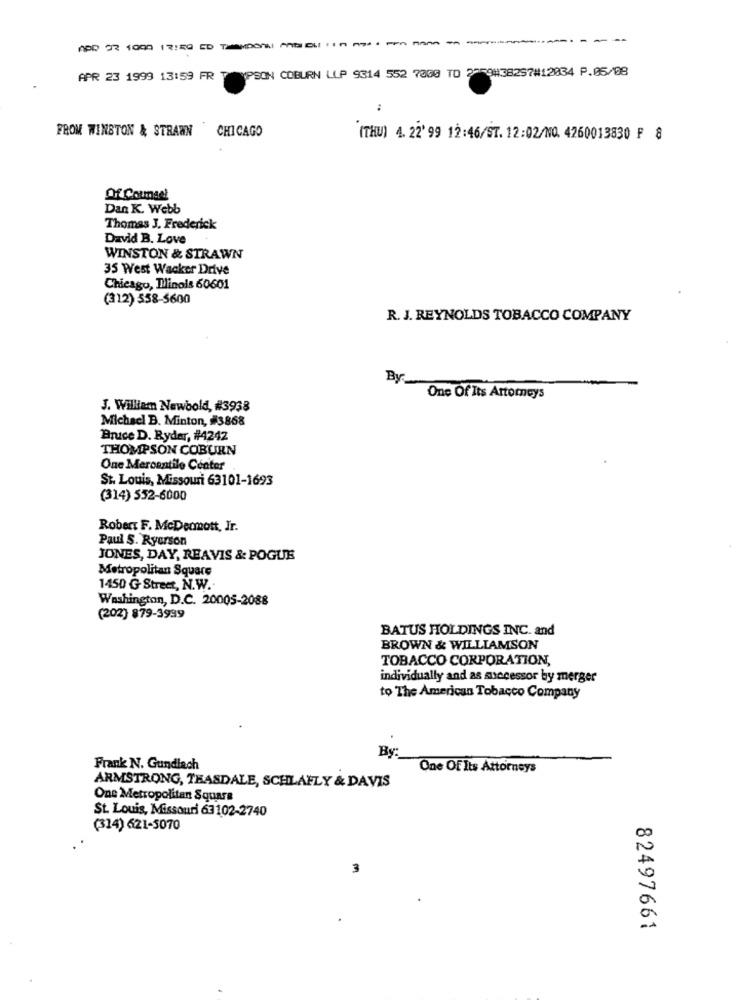
YPSON COBURN LLP 9314 552 7000 TO 2759838257#12034 P.05/08
APR 23 1999 13:59 FR
:
FROM WINSTON & STRAWN CHICAGO
(THU) 4. 22' 99 12:46/ST. 12:02/NO. 4260013830 F 8
Of Counsel
Dan K. Webb
Thomas J. Frederick
David B. Love
WINSTON & STRAWN
35 West Wacker Drive
Chicago, Ilinois 60601
(312) 558-5600
R. J. REYNOLDS TOBACCO COMPANY
By:
One Of Its Attorneys
J. William Newbold, #3938
Michacl B. Minton, #3868
Bruce D. Ryder, #4242
THOMPSON COBURN
One Mercantile Center
St. Louis, Missouri 63101-1693
(314) 552-6000
Robert F. McDermott, Ir.
Paul S. Ryerson
JONES, DAY, REAVIS & POGUE
Metropolitan Square
1450 G Street, N.W ..
Washington, D.C. 20005-2088
(202) 879-3999
BATUS HOLDINGS INC. and
BROWN & WILLIAMSON
TOBACCO CORPORATION,
individually and as successor by merger
to The American Tobacco Company
By:
Frank N. Gundlach
One Of Its Attorneys
ARMSTRONG, TEASDALE, SCHLAFLY & DAVIS
One Metropolitan Square
St. Louis, Missouri 63102-2740
(314) 621-5070
00
N
3
82497661